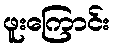
ဖူးကြောင်း